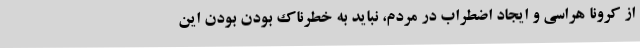
از کرونا هراسی و ایجاد اضطراب در مردم، نباید به خطرناک بودن بودن این